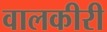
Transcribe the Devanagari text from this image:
वालकीरी